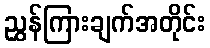
ညွှန်ကြားချက်အတိုင်း